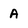
Character: A